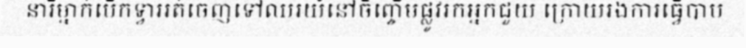
នារីម្នាក់បើកទ្វាររត់ចេញទៅឈរយំនៅចិញ្ចើមផ្លូវរកអ្នកជួយ ក្រោយរងការធ្វើបាប